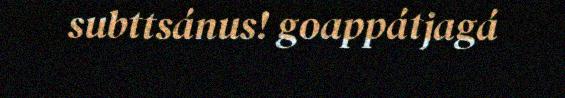
subttsánus! goappátjagá